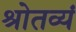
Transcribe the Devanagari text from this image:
श्रोतव्यं